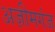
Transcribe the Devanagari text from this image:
अज़ीमगंज